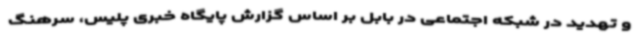
و تهدید در شبکه اجتماعی در بابل بر اساس گزارش پایگاه خبری پلیس، سرهنگ